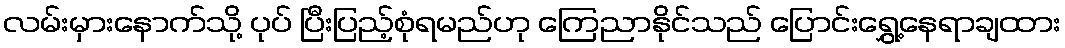
လမ်းမှားနောက်သို့ ပုပ် ပြီးပြည့်စုံရမည်ဟု ကြေညာနိုင်သည် ပြောင်းရွှေ့နေရာချထား